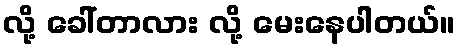
လို့ ခေါ်တာလား လို့ မေးနေပါတယ်။